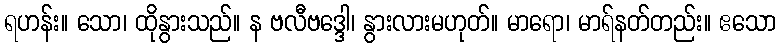
ရဟန်း။ သော၊ ထိုနွားသည်။ န ဗလီဗဒ္ဒေါ၊ နွားလားမဟုတ်။ မာရော၊ မာရ်နတ်တည်း။ ဧသော